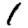
Digit: 1